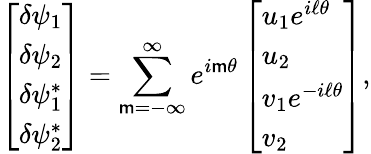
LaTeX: \left[\begin{array}{l}{\delta\psi_{1}}\\ {\delta\psi_{2}}\\ {\delta\psi_{1}^{*}}\\ {\delta\psi_{2}^{*}}\end{array}\right]=\sum_{\mathsf{m}=-\infty}^{\infty}e^{i\mathsf{m}\theta}\left[\begin{array}{l}{u_{1}e^{i\ell\theta}}\\ {u_{2}}\\ {v_{1}e^{-i\ell\theta}}\\ {v_{2}}\end{array}\right],